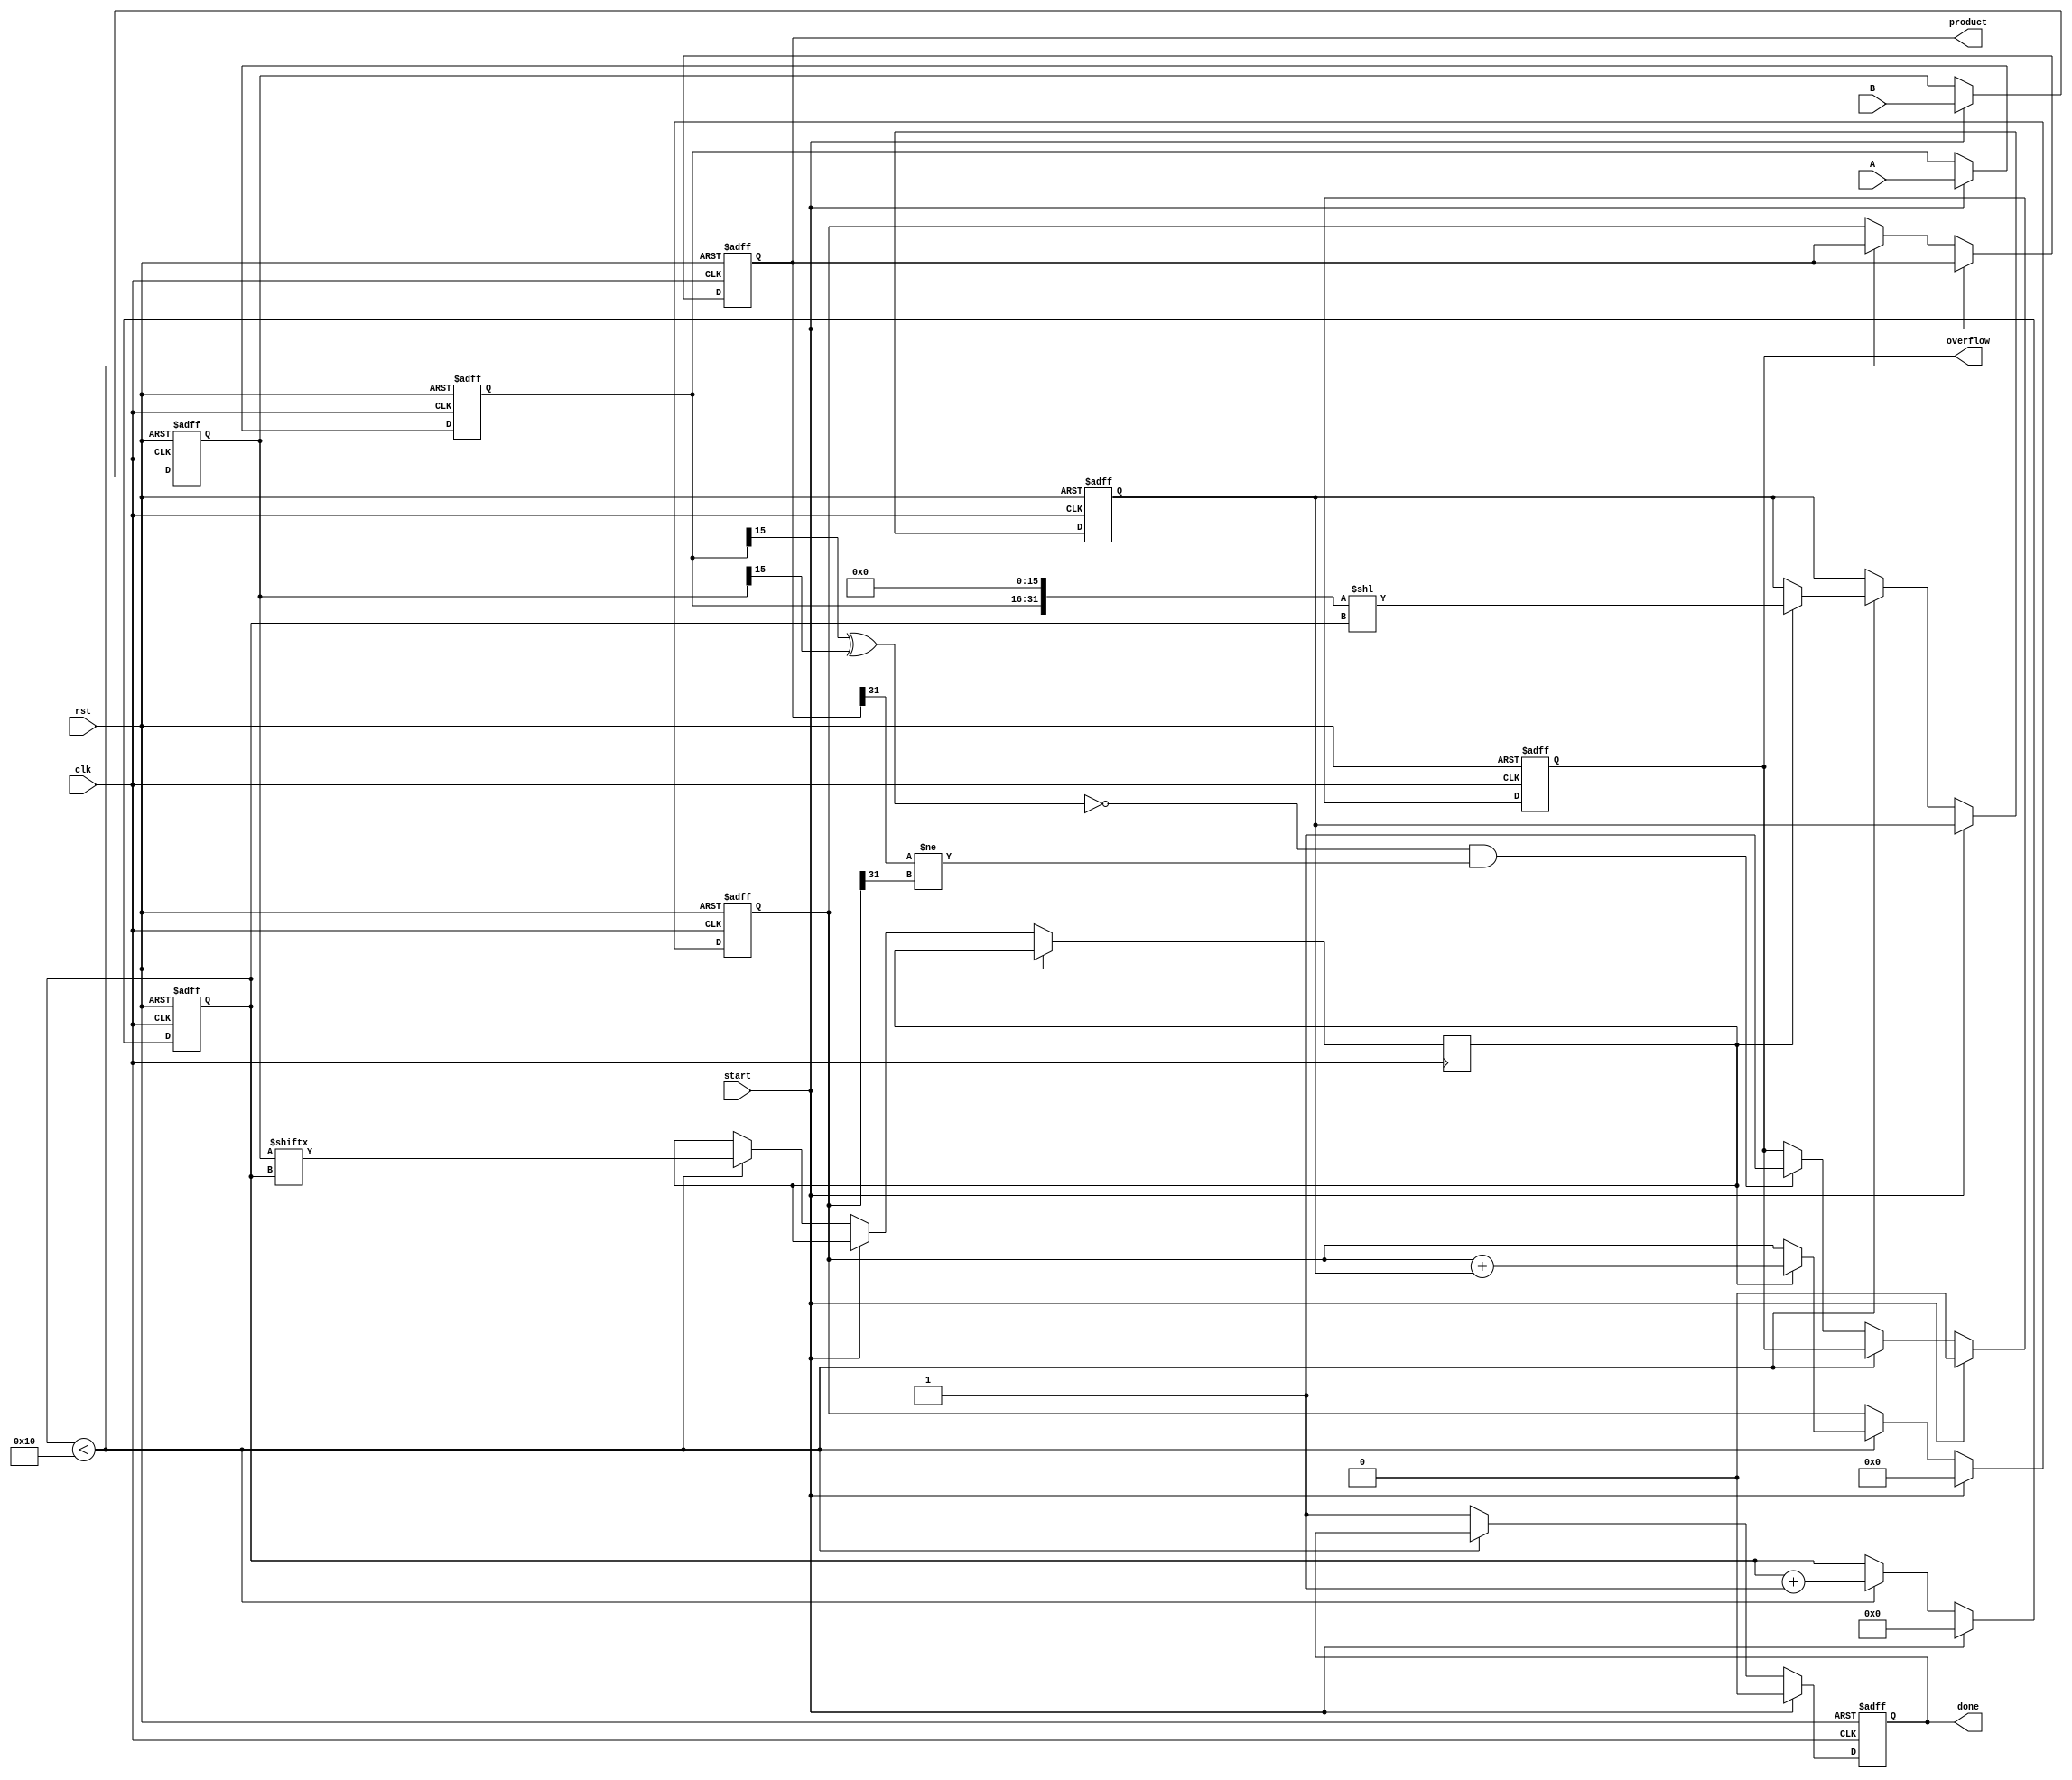
module radix2_multiplier (
    input wire clk,
    input wire rst,
    input wire start,
    input wire [15:0] A,     // multiplicand
    input wire [15:0] B,     // multiplier
    output reg [31:0] product, // final product
    output reg done,         // multiplication done signal
    output reg overflow      // overflow detection signal
);

    reg [15:0] multiplicand;
    reg [15:0] multiplier;
    reg [31:0] partial_product;
    reg [4:0] count;         // counter to track bits processed
    reg [31:0] sum;          // accumulator for final result
    reg last_bit;

    always @(posedge clk or posedge rst) begin
        if (rst) begin
            product <= 32'b0;
            done <= 1'b0;
            overflow <= 1'b0;
            count <= 5'b0;
            multiplicand <= 16'b0;
            multiplier <= 16'b0;
            partial_product <= 32'b0;
            sum <= 32'b0;
        end
        else if (start) begin
            multiplicand <= A;
            multiplier <= B;
            count <= 5'b0;
            sum <= 32'b0;
            done <= 1'b0; 
            overflow <= 1'b0;
        end
        else if (count < 16) begin
            // Generate partial product based on the current bit of the multiplier
            last_bit <= multiplier[count]; 

            if (last_bit) begin
                partial_product <= {multiplicand, 16'b0} << count; // Shift left by count
                sum <= sum + partial_product; // Add to accumulated sum
            end

            count <= count + 1; // Move to the next bit
        end
        else begin
            // After processing all bits
            product <= sum;

            // Overflow detection: check for any carry out of the MSB for signed multiplication
            if ((multiplicand[15] ^ multiplier[15]) == 1'b0 && (product[31] != sum[31])) begin
                overflow <= 1'b1; // Overflow occurred in signed multiplication
            end

            done <= 1'b1; // Indicate that multiplication is done
        end
    end
endmodule